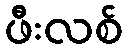
ဖီးလစ်